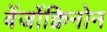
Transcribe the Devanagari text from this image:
बेंजोंक्विनोन